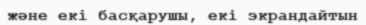
және екі басқарушы, екі экрандайтын